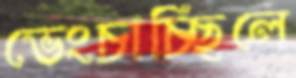
ভেংচাচ্ছিলে